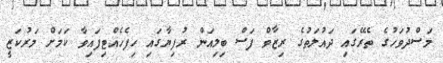
މަސްދުވަހުގެ ތެރޭގައި ދައުލަތުގެ ރިޒާވް ފަސް ބިލިއަން ރުފިޔާގައި ހިފެހެއްޓިފައިވާ ކަމަށް މަރުކަޒީ